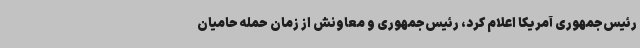
رئیس‌جمهوری آمریکا اعلام کرد، رئیس‌جمهوری و معاونش از زمان حمله حامیان